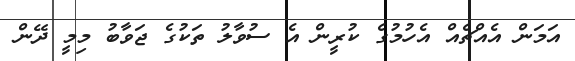
އަމަން އެއްޗެއް އެހުމުގެ ކުރީން އެ ސުވާލު ތަކުގެ ޖަވާބު މިމީ ދޭން